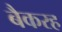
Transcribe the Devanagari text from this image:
बैकरह